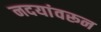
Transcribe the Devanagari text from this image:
नदयांवरून